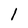
Character: 1